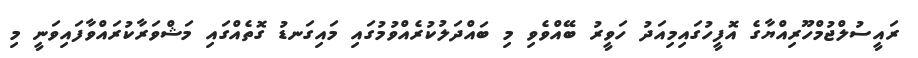
ރައީސުލްޖުމްހޫރިއްޔާގެ އޮފީހުގައިމިއަދު ހަވީރު ބޭއްވެވި މި ބައްދަލުކުރެއްވުމުގައި މައިގަނޑު ގޮތެއްގައި މަޝްވަރާކުރައްވާފައިވަނީ މި